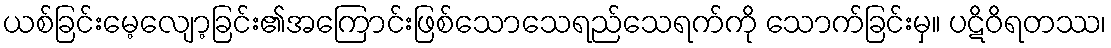
ယစ်ခြင်းမေ့လျော့ခြင်း၏အကြောင်းဖြစ်သောသေရည်သေရက်ကို သောက်ခြင်းမှ။ ပဋိဝိရတဿ၊